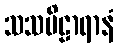
သသဗိဠာရာနံ